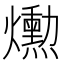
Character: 𤑕